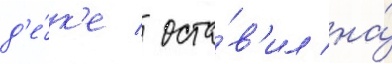
д'е́к'е / оста́в'ил на́